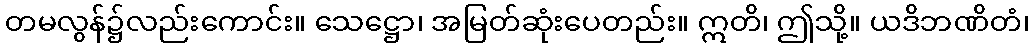
တမလွန်၌လည်းကောင်း။ သေဋ္ဌော၊ အမြတ်ဆုံးပေတည်း။ ဣတိ၊ ဤသို့။ ယဒိဘဏိတံ၊